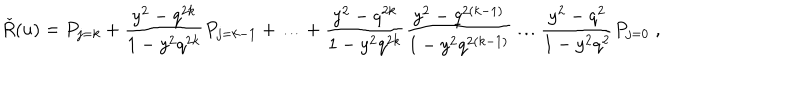
\check { R } ( u ) = P _ { j = k } + \frac { y ^ { 2 } - q ^ { 2 k } } { 1 - y ^ { 2 } q ^ { 2 k } } P _ { j = k - 1 } + \ldots + \frac { y ^ { 2 } - q ^ { 2 k } } { 1 - y ^ { 2 } q ^ { 2 k } } \frac { y ^ { 2 } - q ^ { 2 ( k - 1 ) } } { 1 - y ^ { 2 } q ^ { 2 ( k - 1 ) } } \ldots \frac { y ^ { 2 } - q ^ { 2 } } { 1 - y ^ { 2 } q ^ { 2 } } P _ { j = 0 } \; ,